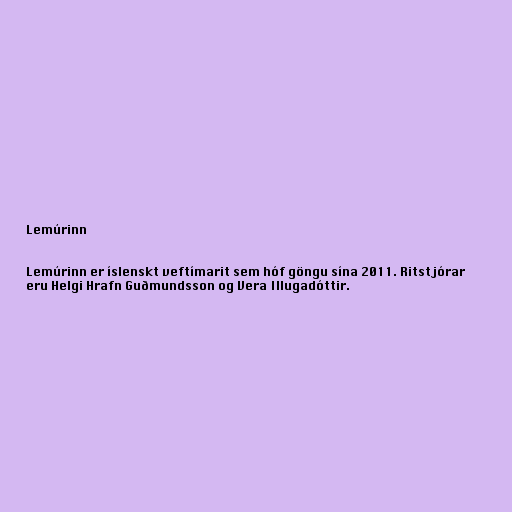
Lemúrinn

Lemúrinn er íslenskt veftímarit sem hóf göngu sína 2011. Ritstjórar
eru Helgi Hrafn Guðmundsson og Vera Illugadóttir.